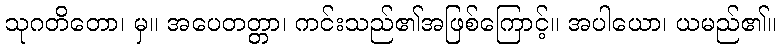
သုဂတိတော၊ မှ။ အပေတတ္တာ၊ ကင်းသည်၏အဖြစ်ကြောင့်။ အပါယော၊ ယမည်၏။